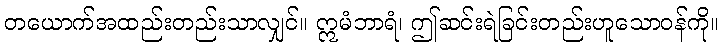
တယောက်အထည်းတည်းသာလျှင်။ ဣမံဘာရံ၊ ဤဆင်းရဲခြင်းတည်းဟူသောဝန်ကို။